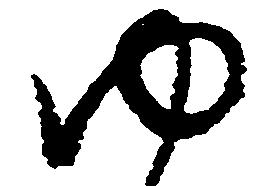
ゆ